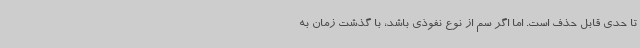
تا حدی قابل حذف است. اما اگر سم از نوع نفوذی باشد، با گذشت زمان به